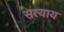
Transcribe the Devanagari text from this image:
सत्याय